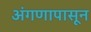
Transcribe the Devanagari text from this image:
अंगणापासून